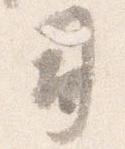
司